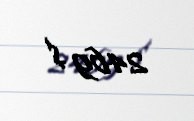
2469 $